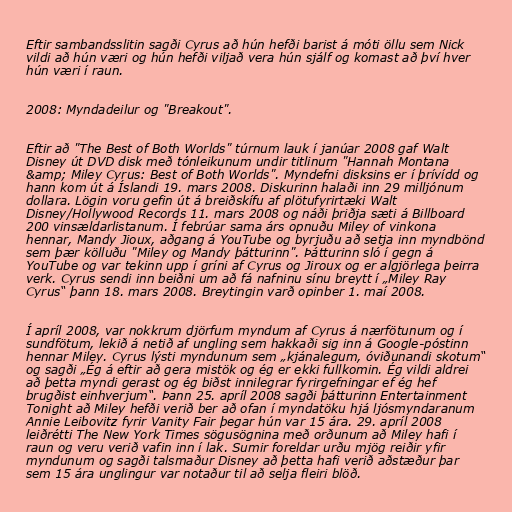
Eftir sambandsslitin sagði Cyrus að hún hefði barist á móti öllu sem Nick
vildi að hún væri og hún hefði viljað vera hún sjálf og komast að því hver
hún væri í raun.

2008: Myndadeilur og "Breakout".

Eftir að "The Best of Both Worlds" túrnum lauk í janúar 2008 gaf Walt
Disney út DVD disk með tónleikunum undir titlinum "Hannah Montana
&amp; Miley Cyrus: Best of Both Worlds". Myndefni disksins er í þrívídd og
hann kom út á Íslandi 19. mars 2008. Diskurinn halaði inn 29 milljónum
dollara. Lögin voru gefin út á breiðskífu af plötufyrirtæki Walt
Disney/Hollywood Records 11. mars 2008 og náði þriðja sæti á Billboard
200 vinsældarlistanum. Í febrúar sama árs opnuðu Miley of vinkona
hennar, Mandy Jioux, aðgang á YouTube og byrjuðu að setja inn myndbönd
sem þær kölluðu "Miley og Mandy þátturinn". Þátturinn sló í gegn á
YouTube og var tekinn upp í gríni af Cyrus og Jiroux og er algjörlega þeirra
verk. Cyrus sendi inn beiðni um að fá nafninu sínu breytt í „Miley Ray
Cyrus“ þann 18. mars 2008. Breytingin varð opinber 1. maí 2008.

Í apríl 2008, var nokkrum djörfum myndum af Cyrus á nærfötunum og í
sundfötum, lekið á netið af ungling sem hakkaði sig inn á Google-póstinn
hennar Miley. Cyrus lýsti myndunum sem „kjánalegum, óviðunandi skotum“
og sagði „Ég á eftir að gera mistök og ég er ekki fullkomin. Ég vildi aldrei
að þetta myndi gerast og ég biðst innilegrar fyrirgefningar ef ég hef
brugðist einhverjum“. Þann 25. apríl 2008 sagði þátturinn Entertainment
Tonight að Miley hefði verið ber að ofan í myndatöku hjá ljósmyndaranum
Annie Leibovitz fyrir Vanity Fair þegar hún var 15 ára. 29. apríl 2008
leiðrétti The New York Times sögusögnina með orðunum að Miley hafi í
raun og veru verið vafin inn í lak. Sumir foreldar urðu mjög reiðir yfir
myndunum og sagði talsmaður Disney að þetta hafi verið aðstæður þar
sem 15 ára unglingur var notaður til að selja fleiri blöð.